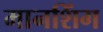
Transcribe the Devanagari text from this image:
मानशिंग